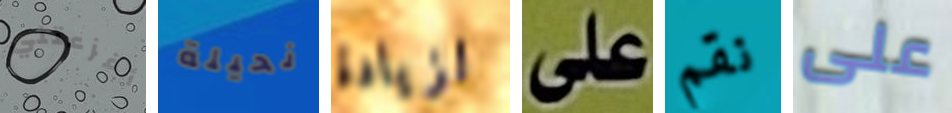
أفزعتني نحيلة لزيادة على نقم على